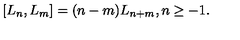
[ L _ { n } , L _ { m } ] = ( n - m ) L _ { n + m } , n \geq - 1 .